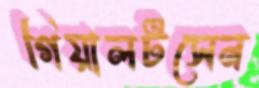
গিয়ালটসেন